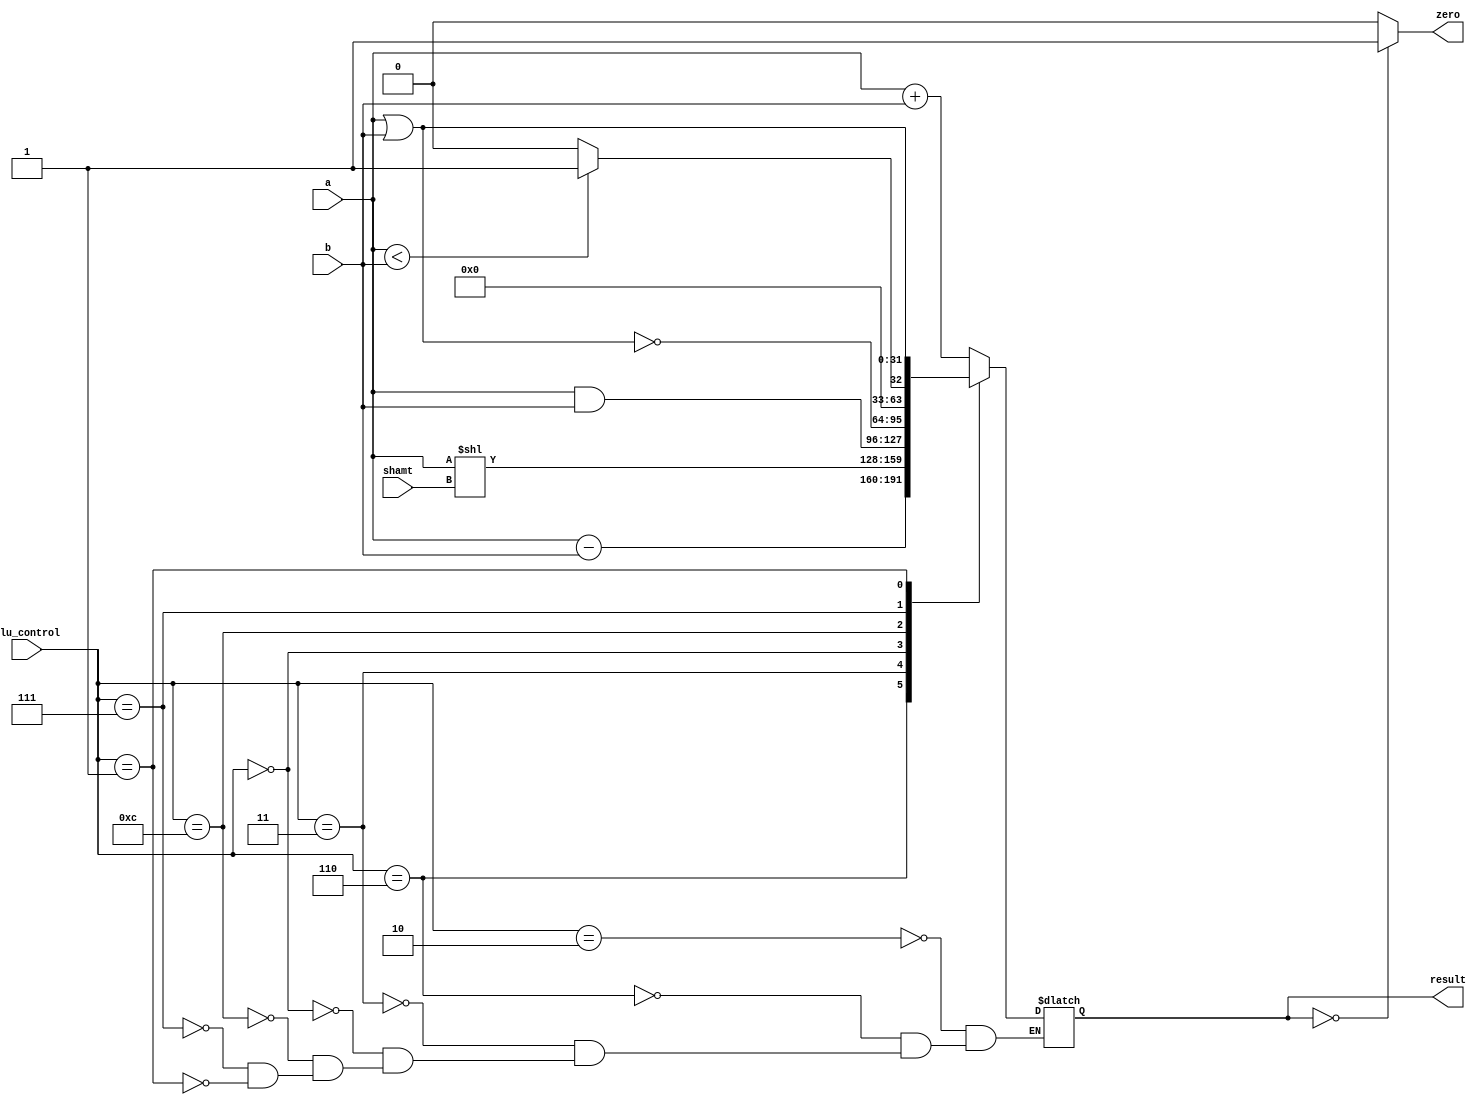
module ALU (a, b, alu_control, shamt, result, zero);
  input [31:0] a, b;
  input [3:0] alu_control;
  input [4:0] shamt;
  output reg [31:0] result;
  output wire zero;

  assign zero = (result == 32'b0)? 1 : 0;
  
  parameter [3:0]
    ADD = 4'b0010,
    SUB = 4'b0110,
    SLL = 4'b0011,
    AND = 4'b0000,
    NOR = 4'b1100,
    SLT = 4'b0111,
    OR = 4'b0001;

  always @ (a, b, alu_control, shamt) begin
    case(alu_control)
      ADD:
        result <= a + b;
      SUB:
        result <= a - b;
      SLL:
        result <= (a << shamt);
      AND:
         result <= a & b;
      NOR:
        result <= ~(a | b);
      SLT:
        result <= (a < b)? 32'b1 : 32'b0;
      OR:
         result <=  a | b;
    endcase
  end
endmodule

module ALU_testbench();
  reg [31:0] a, b;
  reg [3:0] alu_control;
  reg [4:0] shamt;
  wire [31:0] result;
  wire zero;

  parameter [3:0]
    ADD = 4'b0010,
    SUB = 4'b0110,
    SLL = 4'b0011,
    AND = 4'b0000,
    NOR = 4'b1100,
    SLT = 4'b0111,
    OR = 4'b0001;

  ALU alu(a, b, alu_control, shamt, result, zero);

  initial begin
    a <= 4;
    b <= 1;

    #5 alu_control = ADD;
    #5 alu_control = SUB;
    #5 alu_control = AND;
    #5 alu_control = NOR;
    #5 alu_control = SLT;
    #5 alu_control = OR;
    
    #5 alu_control = SLL;
    #5 shamt = 5'd3;
    #5 shamt = 5'd4;
    #5 shamt = 5'd5;
  end

  initial begin
    $dumpfile("ALU_testbench.vcd");
    $dumpvars(0, ALU_testbench);
  end
endmodule